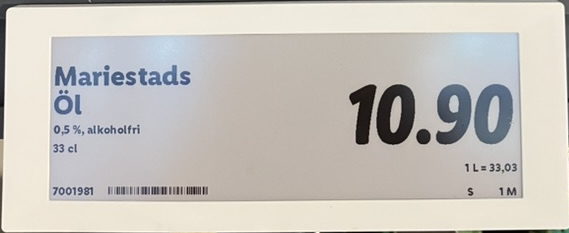
Vara: Mariestads Öl
Genomsnittspris: 33.03 per L